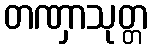
တဏှာသုတ္တ